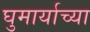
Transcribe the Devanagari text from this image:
घुमार्याच्या